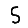
Digit: 5